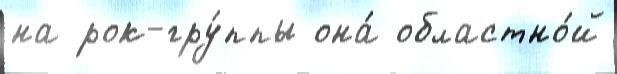
на рок-гру́ппы она́ областно́й